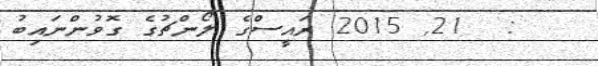
:  21